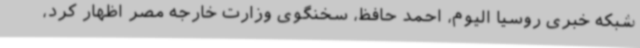
شبکه خبری روسیا الیوم، احمد حافظ، سخنگوی وزارت خارجه مصر اظهار کرد،